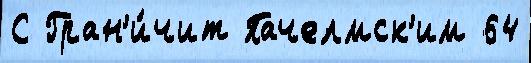
С Гран'и́чит Пачелмск'им 64